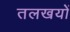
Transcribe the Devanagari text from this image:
तलखयों